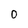
Character: 0